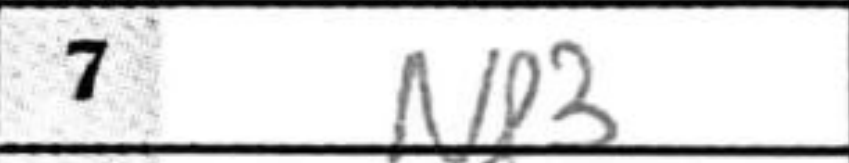
Transcription: Nf3